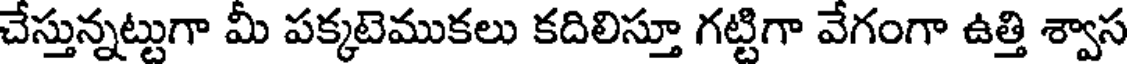
చేస్తున్నట్టుగా మీ పక్కటెముకలు కదిలిస్తూ గట్టిగా వేగంగా ఉత్తి శ్వాస